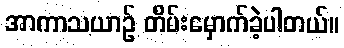
အာကာသယာဉ် တိမ်းမှောက်ခဲ့ပါတယ်။